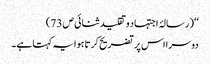
‘‘( رسالۂ اجتہاد وتقلید ثنائی ص 73)
دوسرا اس پر تضریح کرتا ہوا یہ کہتا ہے۔